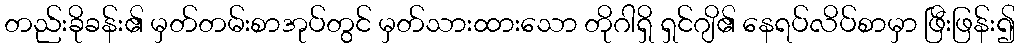
တည်းခိုခန်း၏ မှတ်တမ်းစာအုပ်တွင် မှတ်သားထားသော တိုဂါရှိ ရှင်ဂျိ၏ နေရပ်လိပ်စာမှာ ဖြီးဖြန်း၍